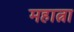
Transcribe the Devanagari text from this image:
महात्ना